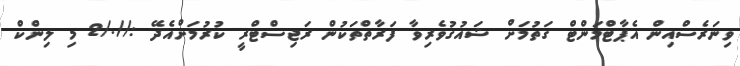
ވިނަރެސްއިން އެޕާޓްމަންޓް ގަތުމަށް ޝައުގުވެރިވާ ފަރާތްތަކުން ރަޖިސްޓްރީ ކުރުމަށްއެދޭ ://./2 މި ލިންކް